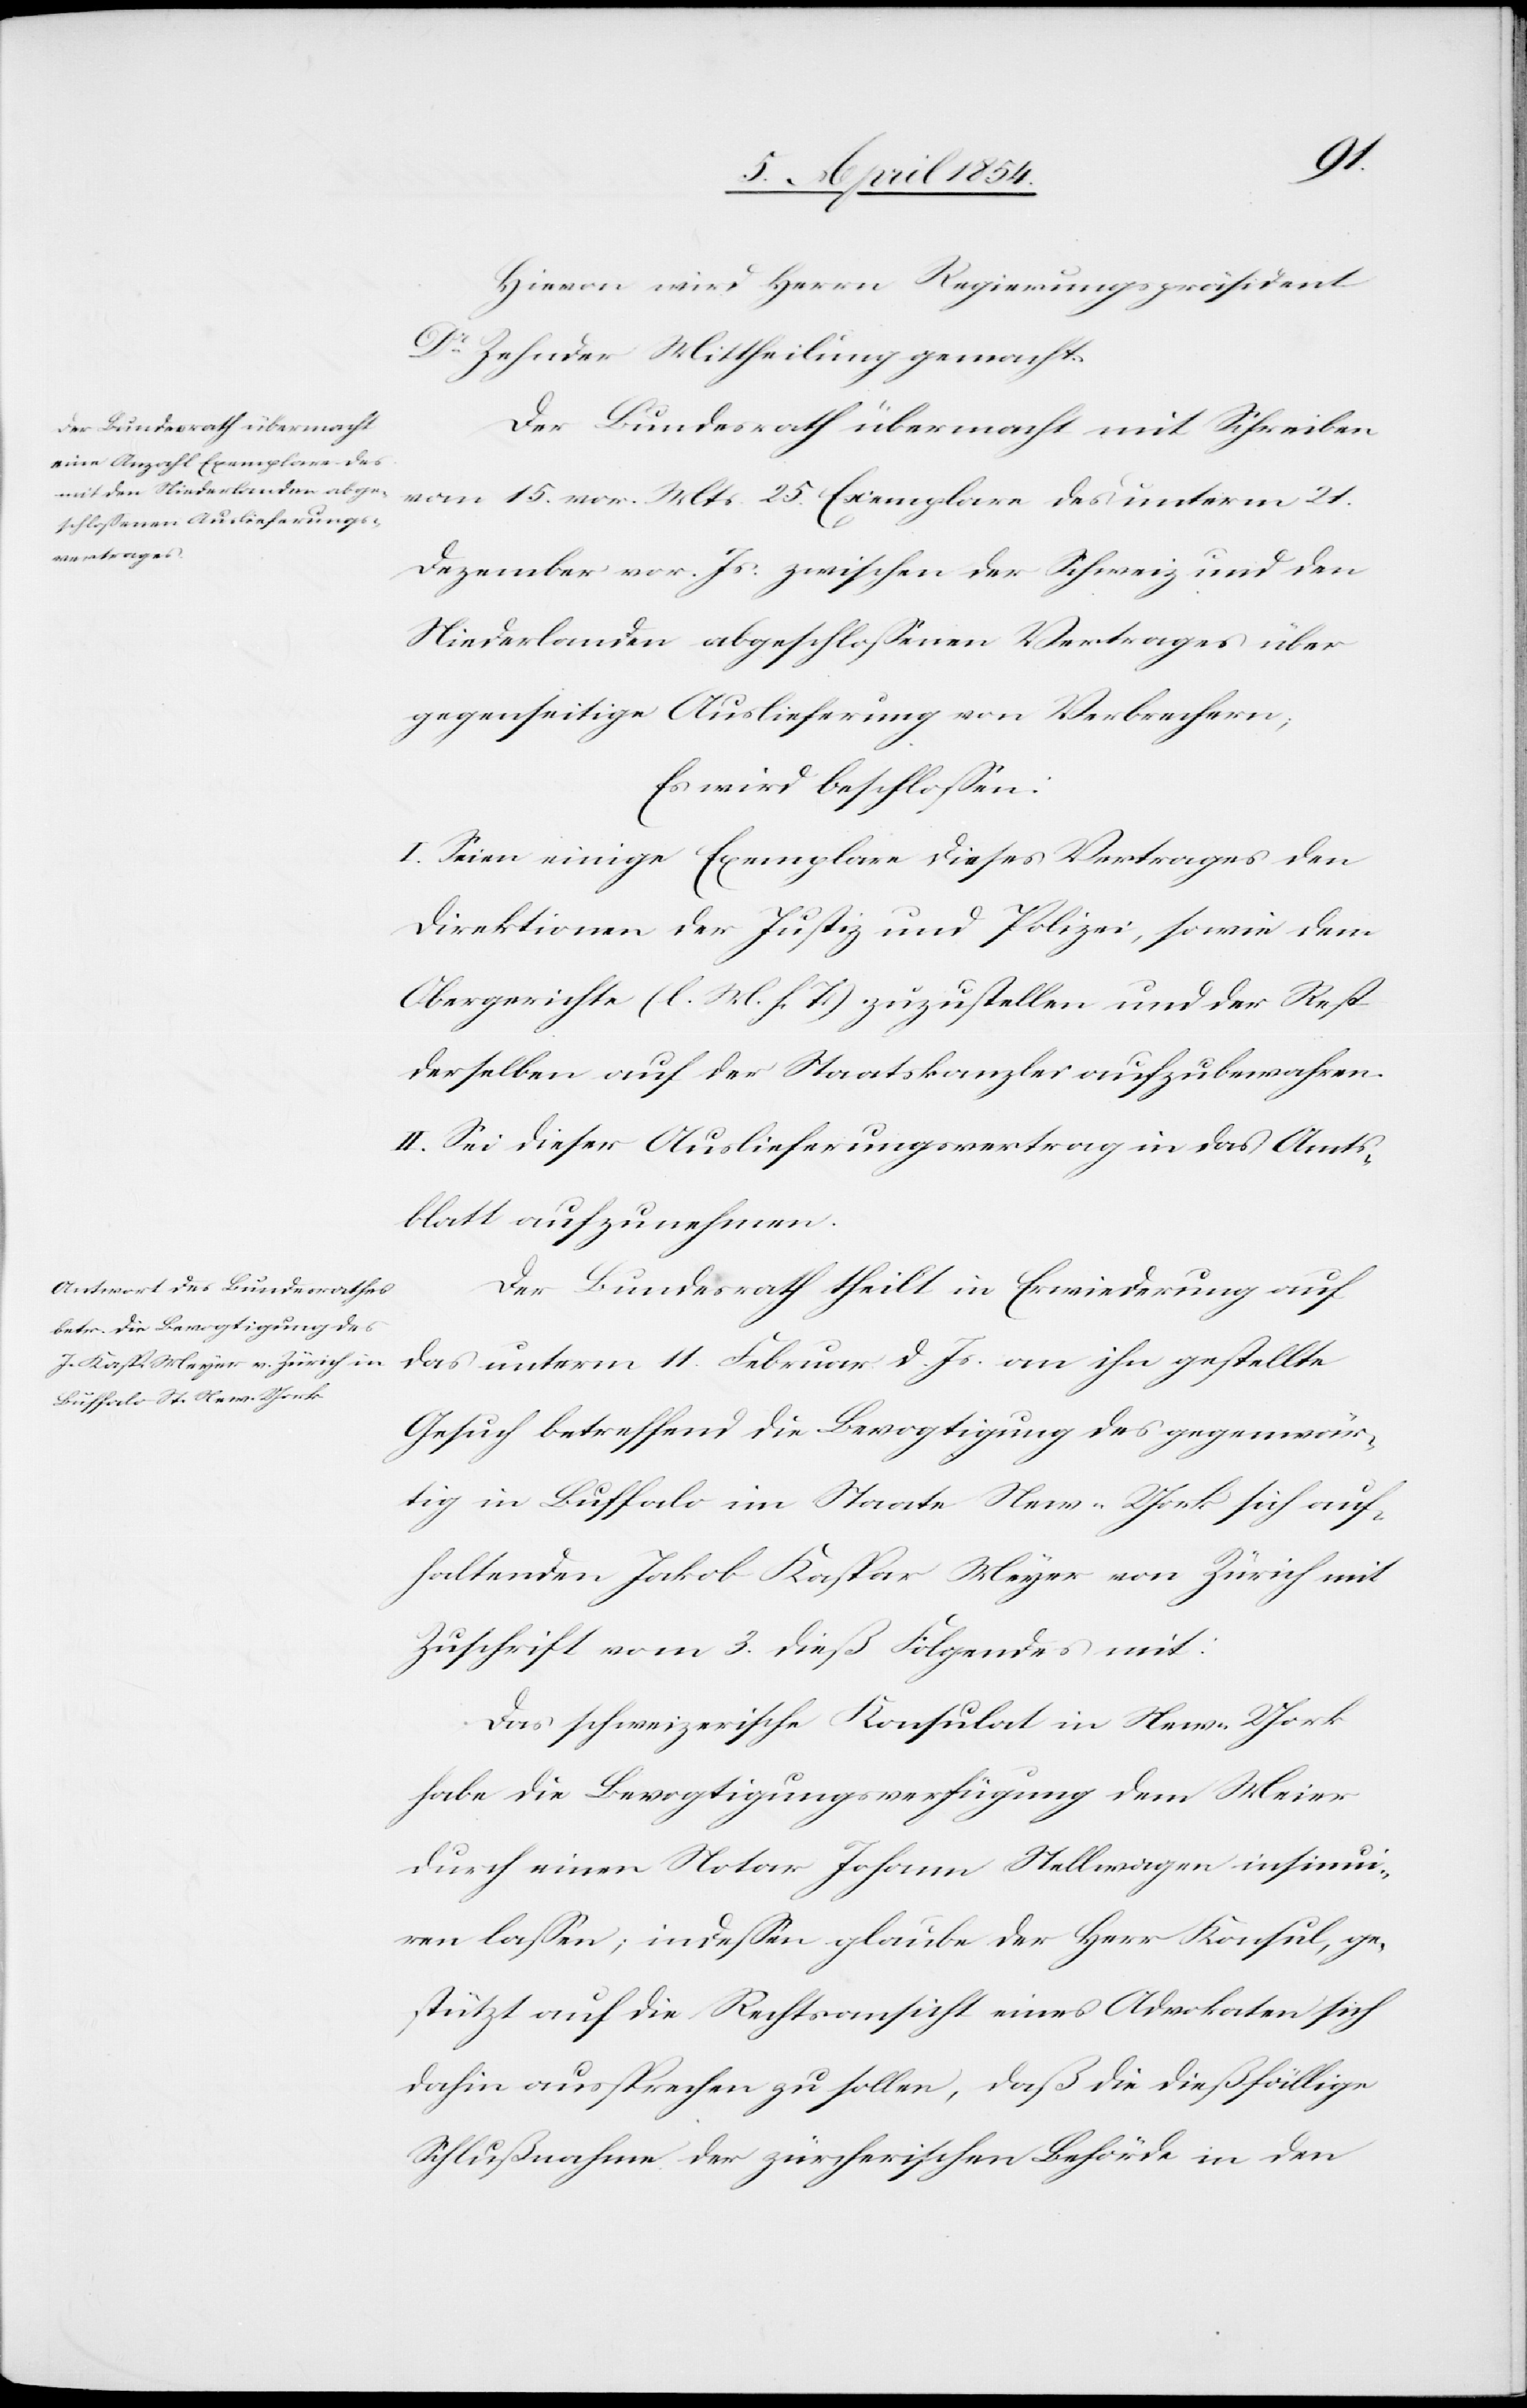
Hievon wird Herrn Regierungspräsident
Dr Zehnder Mittheilung gemacht.
Der Bundesrath übermacht mit Schreiben
vom 15. vor. Mts 25. Exemplare des unterm 21.
Dezember vor. Js zwischen der Schweiz und den
Niederlanden abgeschloßenen Vertrages über
gegenseitige Auslieferung von Verbrechern;
Es wird beschloßen:
I. Seien einige Exemplare dieses Vertrages den
Direktionen der Justiz und Polizei, sowie dem
Obergerichte (l. M. h. T.) zuzustellen und der Rest
derselben auf der Staatskanzlei aufzubewahren.
II. Sei dieser Auslieferungsvertrag in das Amts¬
blatt aufzunehmen.
Der Bundesrath theilt in Erwiederung auf
das unterm 11. Februar d. Js an ihn gestellte
Gesuch betreffend die Bevogtigung des gegenwär¬
tig in Buffalo im Staate New-York sich auf¬
haltenden Jakob Kaspar Meyer von Zürich mit
Zuschrift vom 3. dieß Folgendes mit:
Das schweizerische Konsulat in New-York
habe die Bevogtigungsverfügung dem Meier
durch einen Notar Johann Stellwagen insinui¬
ren laßen; indeßen glaube der Herr Konsul , ge¬
stützt auf die Rechtsansicht eines Advokaten sich
dahin aussprechen zu sollen, daß die dießfällige
Schlußnahme der zürcherischen Behörde in den